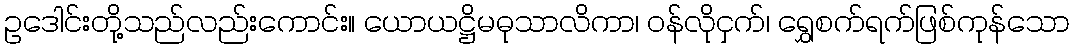
ဥဒေါင်းတို့သည်လည်းကောင်း။ ယောယဋ္ဌိမဓုသာလိကာ၊ ဝန်လိုငှက်၊ ရွှေစက်ရက်ဖြစ်ကုန်သော